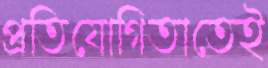
প্রতিযোগিতাতেই